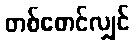
တစ်စောင်လျှင်